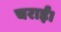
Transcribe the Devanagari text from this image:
चराईं।